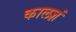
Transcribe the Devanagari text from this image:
कालज्ञं